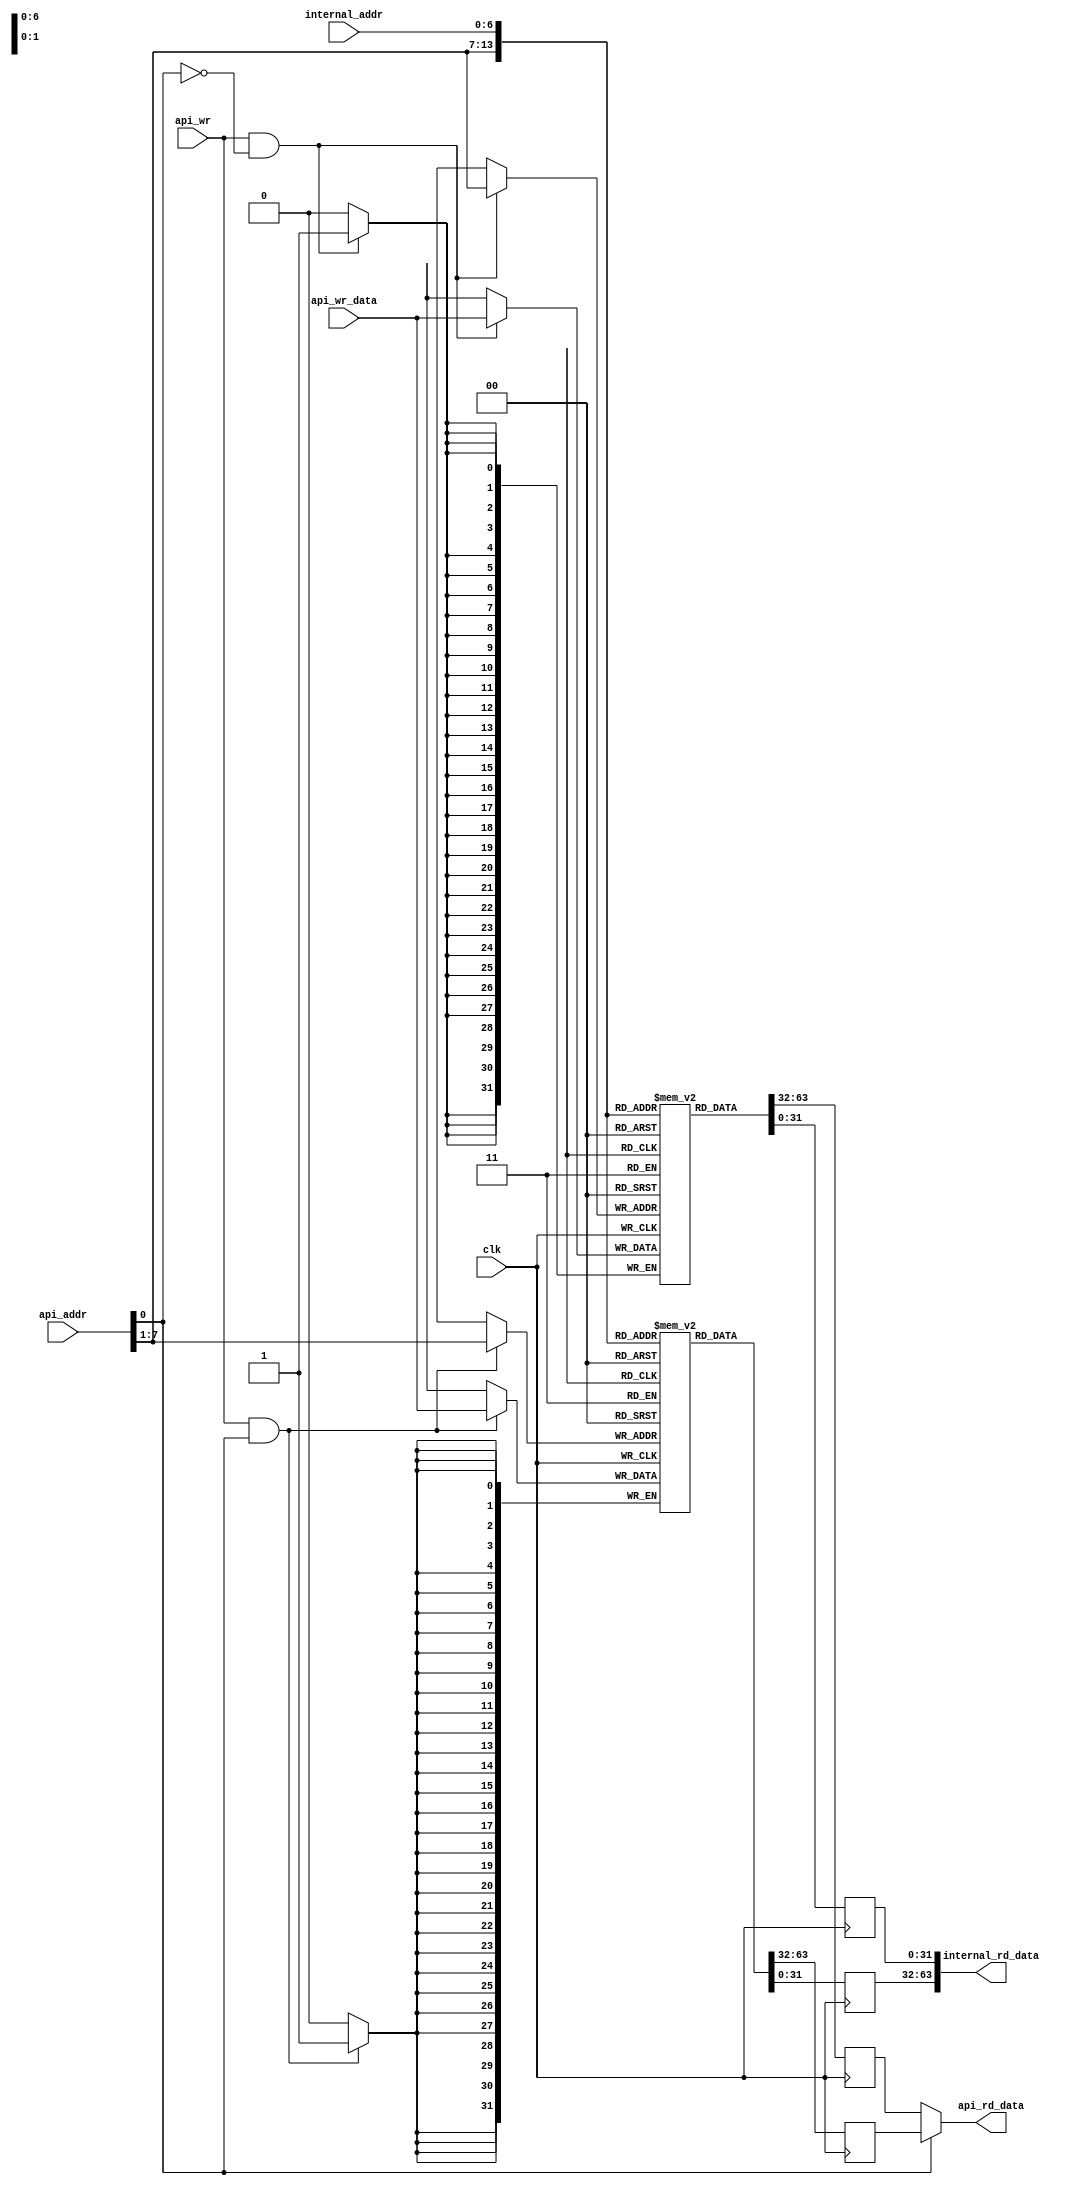
module blockmem_rw32_r64(
                         input wire           clk,

                         input wire           api_wr,
                         input wire  [07 : 0] api_addr,
                         input wire  [31 : 0] api_wr_data,
                         output wire [31 : 0] api_rd_data,

                         input wire  [06 : 0] internal_addr,
                         output wire [63 : 0] internal_rd_data
                        );


  //----------------------------------------------------------------
  // Regs and memories.
  //----------------------------------------------------------------
  reg [31 : 0] mem0 [0 : 127];
  reg [31 : 0] mem1 [0 : 127];

  wire mem0_we;
  wire mem1_we;


  //----------------------------------------------------------------
  // Wires.
  //----------------------------------------------------------------
  reg [31 : 0] tmp0_api_rd_data;
  reg [31 : 0] tmp1_api_rd_data;
  reg [31 : 0] tmp0_int_rd_data;
  reg [31 : 0] tmp1_int_rd_data;


  //----------------------------------------------------------------
  // Assignmets.
  //----------------------------------------------------------------
  assign api_rd_data      = api_addr[0] ? tmp1_api_rd_data : tmp0_api_rd_data;
  assign internal_rd_data = {tmp1_int_rd_data, tmp0_int_rd_data};

  assign mem0_we = api_wr & ~api_addr[0];
  assign mem1_we = api_wr & api_addr[0];


  //----------------------------------------------------------------
  // Reg updates.
  //----------------------------------------------------------------
  always @ (posedge clk)
    begin : reg_update_mem0
      if (mem0_we)
        mem0[api_addr[7 : 1]] <= api_wr_data;

      tmp0_api_rd_data <= mem0[api_addr[7 : 1]];
      tmp0_int_rd_data <= mem0[internal_addr];
    end

  always @ (posedge clk)
    begin : reg_update_mem1
      if (mem1_we)
        mem1[api_addr[7 : 1]] <= api_wr_data;

      tmp1_api_rd_data <= mem1[api_addr[7 : 1]];
      tmp1_int_rd_data <= mem1[internal_addr];
    end

endmodule